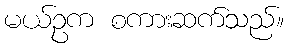
မယ်ဥက စကားဆက်သည်။